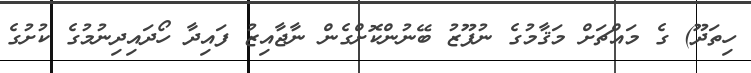
ހިތަދޫ) ގެ މައްޗަށް މަޤާމުގެ ނުފޫޒު ބޭނުންކޮށްގެން ނާޖާއިޒު ފައިދާ ހޯދައިދިނުމުގެ ކުށުގެ